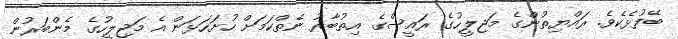
ބޭފުޅެކެވެ. ރައްޔިތުންގެ މަޖިލީހުގެ ރައީސްގެ އިތުބާރު ނެތްކަމަށް ހުށަހަޅަން އެ މަޖިލީހުގެ މެންބަރުން